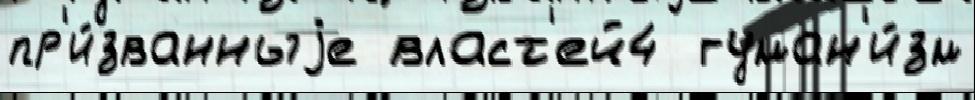
пр'и́званныjе власт'ей4  гуман'и́зм